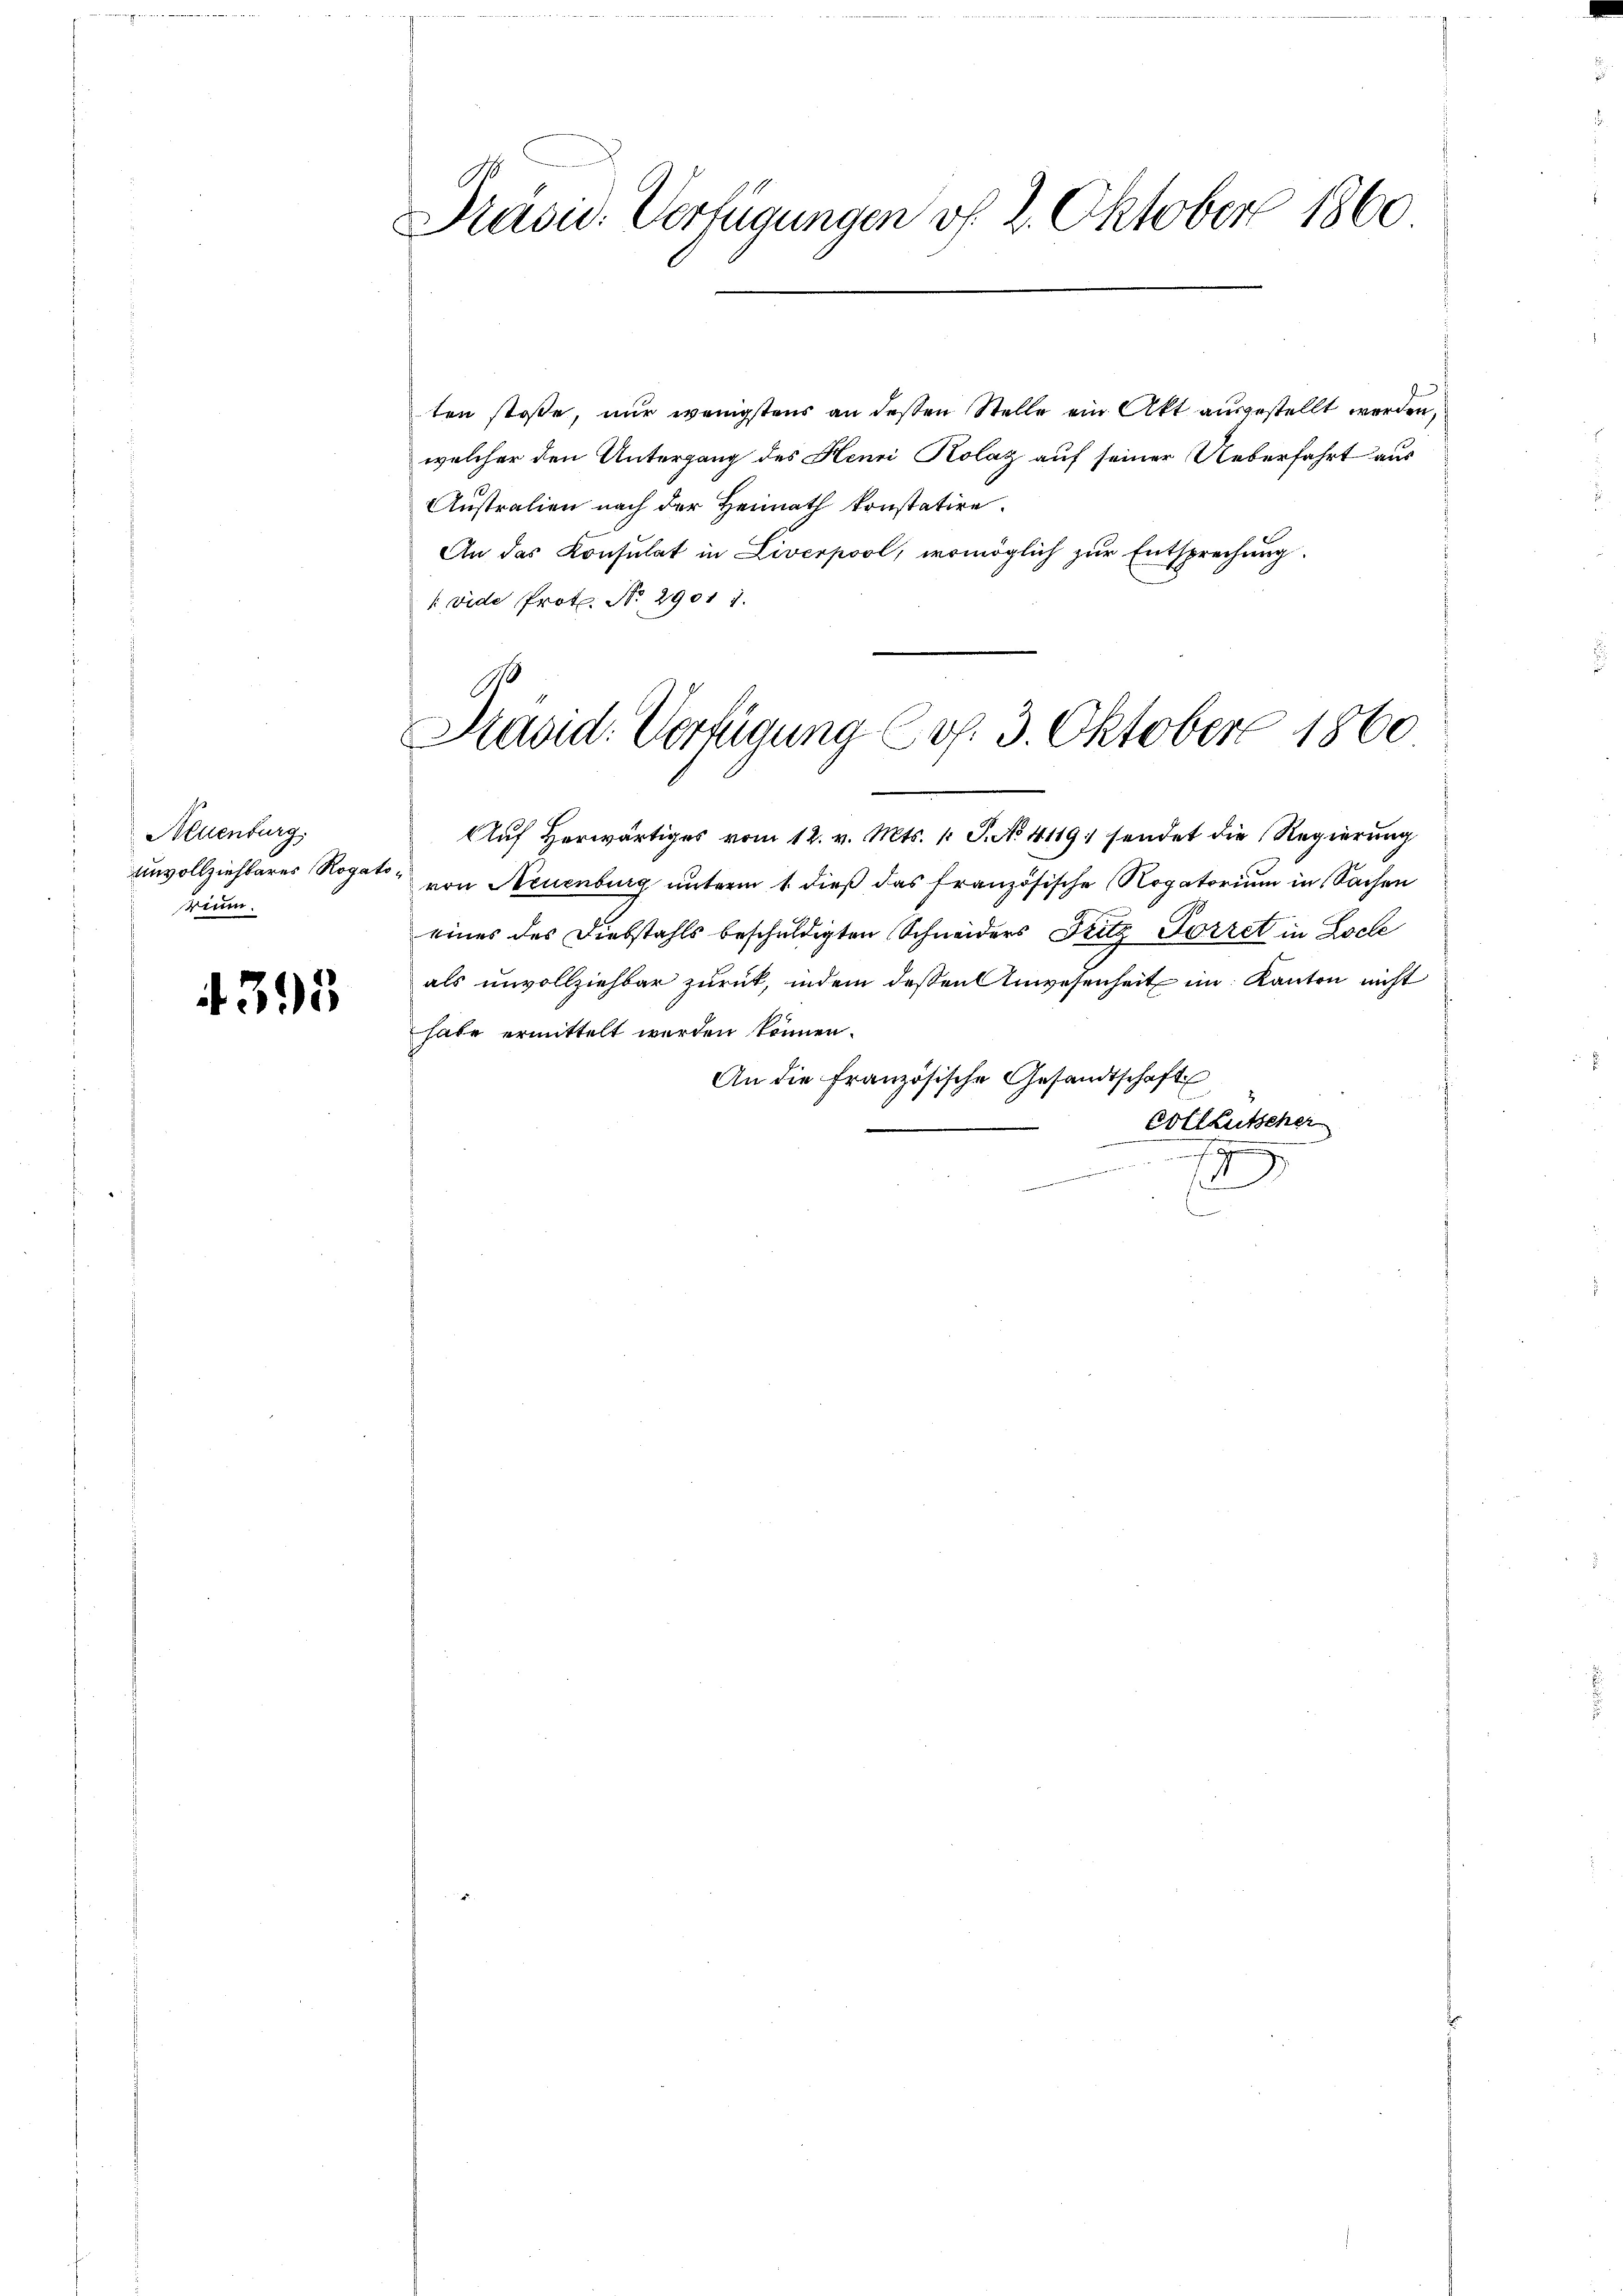
Neuenburg
Unvollziehbares Rogatorium.

4395

Präsid. Verfügungen v. 2. Oktober 1860

ten stoße, nur wenigstens an dessen Stelle ein Akt ausgestellt werden,
welcher den Untergang des Henri Kolaz auf seiner Ueberfahrt aus
Australien nach der Heimath konstatire.
An das Konsulat in Liverpool, womöglich zur Entsprechung.
 vide Prot. No. 29011.

9
Diaad: Verfügung Cop. 3. Oktober 1860

habe ermittelt werden können.
An die französische Gesandtschaft
Colleutscher

Auf herwärtiges vom 12. v. Mts. 1 S. No 4119 sendet die Regierung
von Neuenburg unterm 1. dieß das französische Rogatorium in Sachen
eines des Diebstahls beschuldigten Schneiders Fritz Forret in Loche
als unvollziehbar zurück, indem dessen Anwesenheit im Kanton nicht